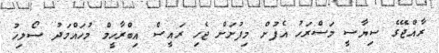
ރާއްޖޭގެ ސިޔާސީ މަސްރަހު އެފުށް މިފުށަށް ޖެހި ރައީސް އިބްރާހީމް މުހައްމަދު ސޯލިހު